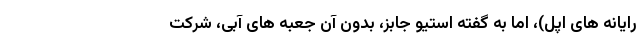
رایانه های اپل)، اما به گفته استیو جابز، بدون آن جعبه های آبی، شرکت